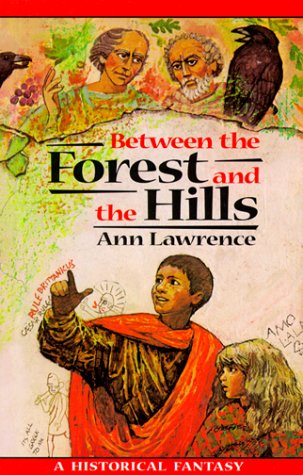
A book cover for Between the Forest and the Hills (Adventure Library); Ann Lawrence; Teen & Young Adult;